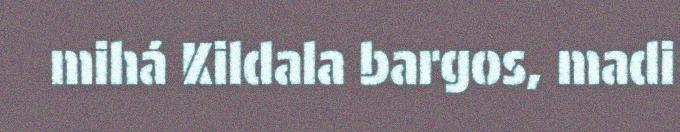
mihá Kildala bargos, madi